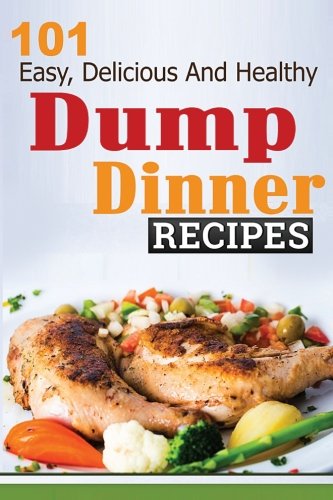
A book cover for Dump Dinners: 101 Easy, Delicious, and Healthy Meals Put Together in 30 Minutes or Less! (dump dinners, dump dinner recipes, crockpot recipes, dump ... recipes, healthy recipes, healthy cooking); Ruth Ferguson; Cookbooks, Food & Wine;